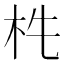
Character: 𣏱